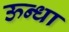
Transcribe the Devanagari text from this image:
ऊन्धा